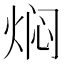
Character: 焖